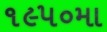
૧૯૫૦મા